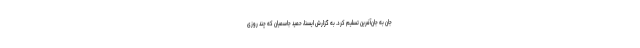
جان به جان‌آفرین تسلیم کرد. به گزارش ایسنا، حمید جاسمیان که چند روزی